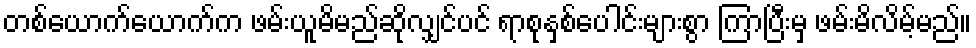
တစ်ယောက်ယောက်က ဖမ်းယူမိမည်ဆိုလျှင်ပင် ရာစုနှစ်ပေါင်းများစွာ ကြာပြီးမှ ဖမ်းမိလိမ့်မည်။